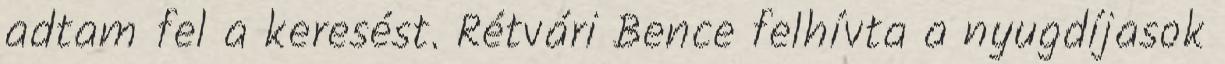
adtam fel a keresést. Rétvári Bence felhívta a nyugdíjasok